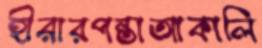
হীরারপন্তাআকালি